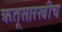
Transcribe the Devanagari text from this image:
ऋतूसारखीच